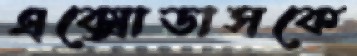
এক্সোডাসকে